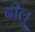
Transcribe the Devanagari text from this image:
ढीलू